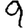
Digit: 9